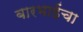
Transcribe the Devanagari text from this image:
बारभाईंचा